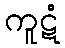
ကူဋံ